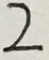
2